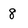
Character: 8